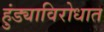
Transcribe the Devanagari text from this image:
हुंड्याविरोधात